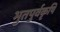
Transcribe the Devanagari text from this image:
भुतपुर्वकृषि